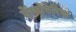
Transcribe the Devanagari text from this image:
ऐंफ़ोटेरिक